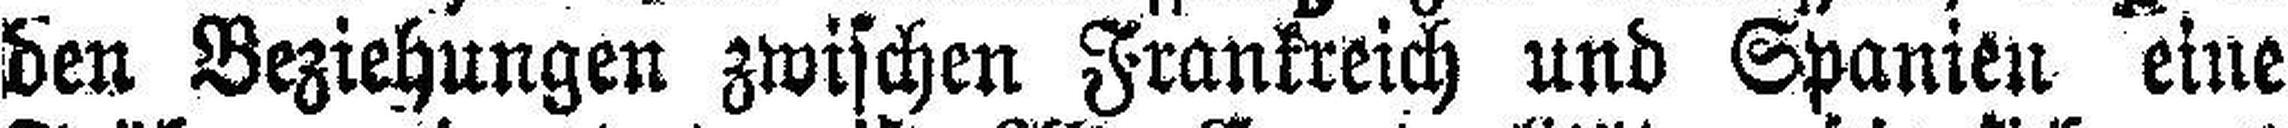
den Beziehungen zwischen Frankreich und Spanien eine